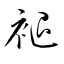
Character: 褪